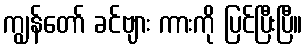
ကျွန်တော် ခင်ဗျား ကားကို ပြင်ပြီးပြီ။